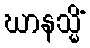
ဃာနသ္မိံ